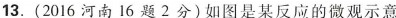
13.(2016河南16题2分)如图是某反应的微观示意